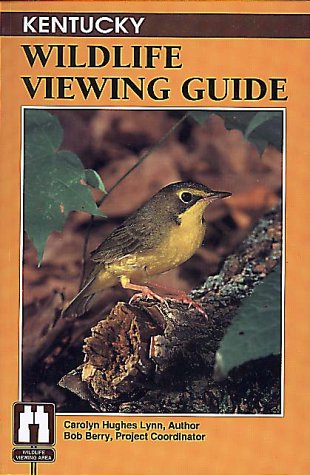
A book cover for Kentucky Wildlife Viewing Guide (Wildlife Viewing Guides Series); Carolyn Lynn Hughes; Travel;